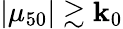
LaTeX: |\mu_{50}|\gtrsim\mathbf{k}_{0}